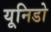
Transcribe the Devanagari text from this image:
यूनिडो